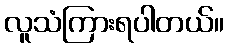
လူသံကြားရပါတယ်။